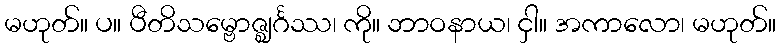
မဟုတ်။ ပ။ ပီတိသမ္ဗောဇ္ဈင်္ဂဿ၊ ကို။ ဘာဝနာယ၊ ငှါ။ အကာလော၊ မဟုတ်။